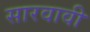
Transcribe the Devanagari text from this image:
सारवावी